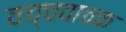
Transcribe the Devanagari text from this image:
वच्चवाचक